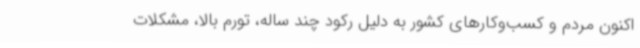
اکنون مردم و کسب‌وکارهای کشور به دلیل رکود چند ساله، تورم بالا، مشکلات